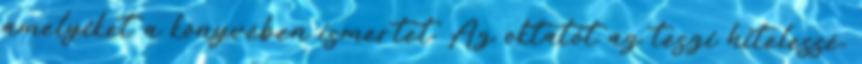
amelyiket a könyvében ismertet. Az oktatót az teszi hitelessé,